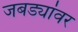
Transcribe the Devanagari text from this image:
जबड्यांवर